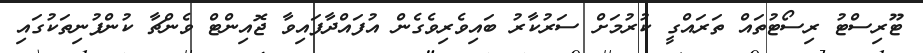
ޓޫރިސްޓު ރިސޯޓުތައް ތަރައްގީ ކުރުމަށް ސަރުކާރު ބައިވެރިވެގެން އުފައްދާފައިވާ ޖޮއިންޓް ވެންޗާ ކުންފުނިތަކުގައި